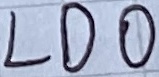
Text: LDO